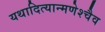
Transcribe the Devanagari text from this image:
यथादित्यान्मणेश्चैव